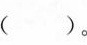
( )。